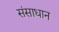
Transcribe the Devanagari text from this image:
संसाधान